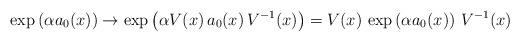
LaTeX: \begin{align*}\exp\left(\alpha a_0(x)\right) \to \exp\left(\alpha V(x) \, a_0(x) \, V^{-1}(x)\right) = V(x) \, \exp\left(\alpha a_0(x) \right) \, V^{-1}(x)\end{align*}